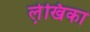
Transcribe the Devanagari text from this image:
ले़खिका